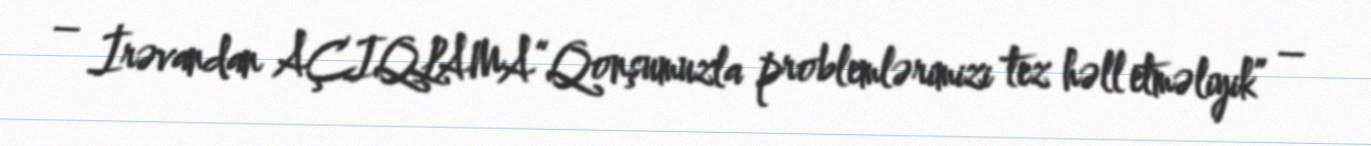
– İrəvandan AÇIQLAMA“Qonşumuzla problemlərimizi tez həll etməliyik” –